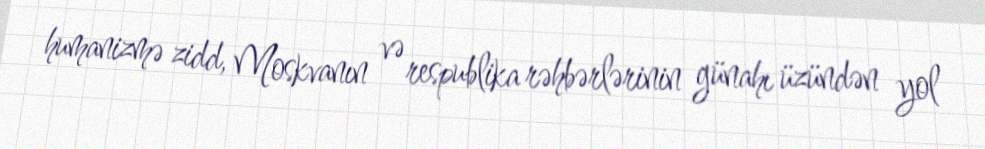
humanizmə zidd, Moskvanın və respublika rəhbərlərinin günahı üzündən yol